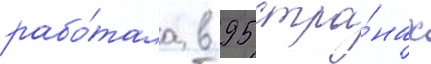
рабо́тала в 95 стра́нах